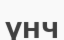
үнч